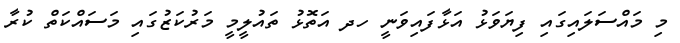
މި މައްސަލައިގައި ފިޔަވަޅު އަޅާފައިވަނީ ހދ އަތޮޅު ތައުލީމީ މަރުކަޒުގައި މަސައްކަތް ކުރާ